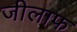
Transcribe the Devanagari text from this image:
जीलाफ